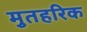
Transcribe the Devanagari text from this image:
मुतहरिक